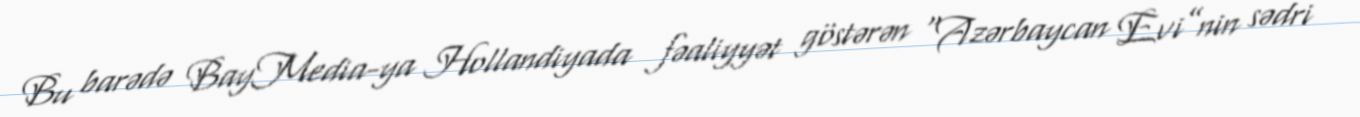
Bu barədə BayMedia-ya Hollandiyada fəaliyyət göstərən “Azərbaycan Evi”nin sədri